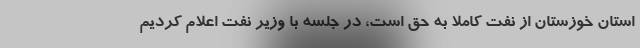
استان خوزستان از نفت کاملاً به حق است، در جلسه با وزیر نفت اعلام کردیم